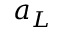
a _ { L }